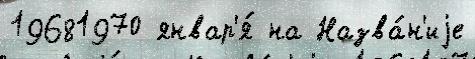
19681970 январ'я́ на Назва́н'иjе